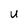
Character: U